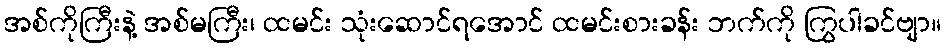
အစ်ကိုကြီးနဲ့ အစ်မကြီး၊ ထမင်း သုံးဆောင်ရအောင် ထမင်းစားခန်း ဘက်ကို ကြွပါခင်ဗျာ။